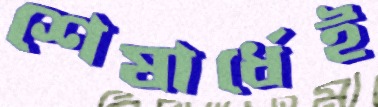
শেষার্ধেই